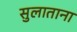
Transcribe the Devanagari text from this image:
सुलाताना